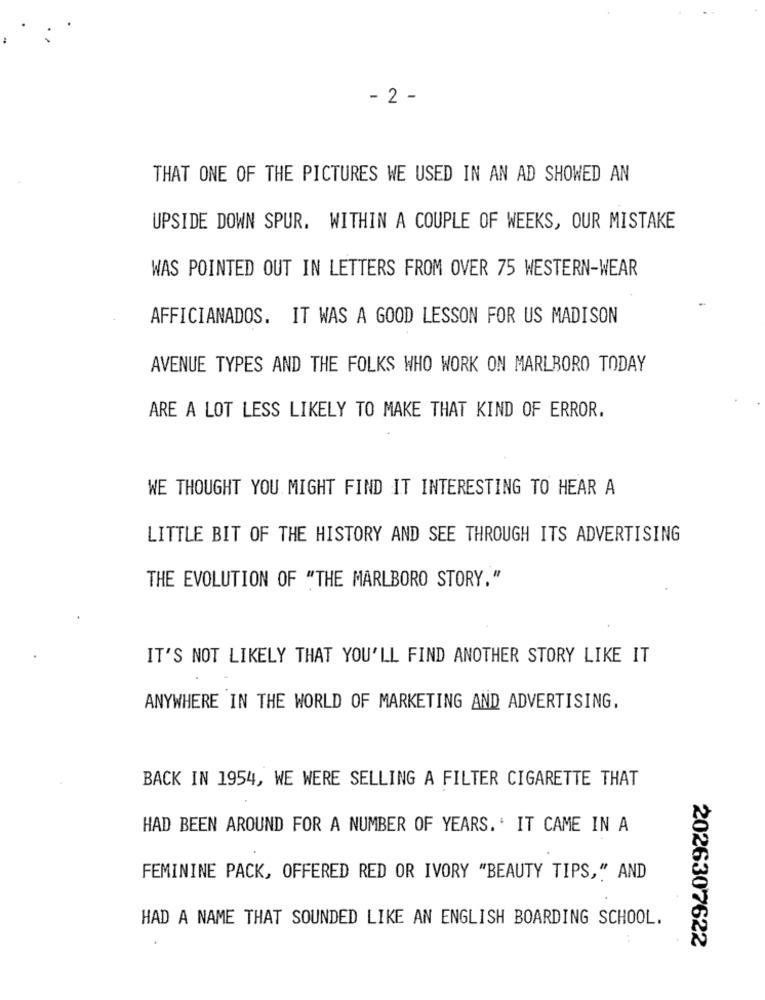
- 2 -
THAT ONE OF THE PICTURES WE USED IN AN AD SHOWED AN
UPSIDE DOWN SPUR. WITHIN A COUPLE OF WEEKS, OUR MISTAKE
WAS POINTED OUT IN LETTERS FROM OVER 75 WESTERN-WEAR
AFFICIANADOS. IT WAS A GOOD LESSON FOR US MADISON
AVENUE TYPES AND THE FOLKS WHO WORK ON MARLBORO TODAY
ARE A LOT LESS LIKELY TO MAKE THAT KIND OF ERROR.
WE THOUGHT YOU MIGHT FIND IT INTERESTING TO HEAR A
LITTLE BIT OF THE HISTORY AND SEE THROUGH ITS ADVERTISING
THE EVOLUTION OF "THE MARLBORO STORY."
IT'S NOT LIKELY THAT YOU'LL FIND ANOTHER STORY LIKE IT
ANYWHERE IN THE WORLD OF MARKETING AND ADVERTISING.
BACK IN 1954, WE WERE SELLING A FILTER CIGARETTE THAT
HAD BEEN AROUND FOR A NUMBER OF YEARS.' IT CAME IN A
FEMININE PACK, OFFERED RED OR IVORY "BEAUTY TIPS," AND
HAD A NAME THAT SOUNDED LIKE AN ENGLISH BOARDING SCHOOL.
2026307622